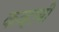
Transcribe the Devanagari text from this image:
कव्हाबी